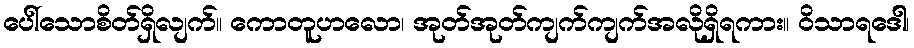
ပေါ်သောစိတ်ရှိလျက်။ ကောတူဟလော၊ အုတ်အုတ်ကျက်ကျက်အလိုရှိရကား။ ဝိသာရဒေါ၊